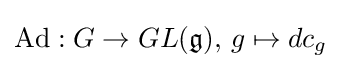
\operatorname {Ad} :G\to GL({\mathfrak {g}}),\,g\mapsto dc_{g}